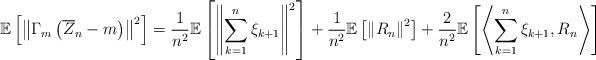
LaTeX: \begin{align*}\mathbb{E}\left[ \left\| \Gamma_{m}\left( \overline{Z}_{n} - m \right) \right\|^{2} \right] = \frac{1}{n^{2}}\mathbb{E}\left[ \left\| \sum_{k=1}^{n} \xi_{k+1} \right\|^{2} \right] + \frac{1}{n^{2}}\mathbb{E}\left[ \left\| R_{n} \right\|^{2} \right] + \frac{2}{n^{2}} \mathbb{E}\left[ \left\langle \sum_{k=1}^{n} \xi_{k+1} , R_{n} \right\rangle \right] \end{align*}